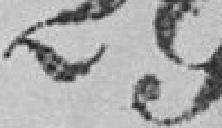
29